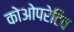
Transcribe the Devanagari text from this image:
कोओपरेटिव